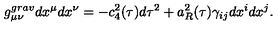
g _ { \mu \nu } ^ { g r a v } d x ^ { \mu } d x ^ { \nu } = - c _ { 4 } ^ { 2 } ( \tau ) d \tau ^ { 2 } + a _ { R } ^ { 2 } ( \tau ) \gamma _ { i j } d x ^ { i } d x ^ { j } .